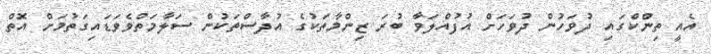
އެއީ ތިންކްގައި ދުވަހުން ދުވަހަށް އުފުއްލަވާ ބުރަ ޒިންމާތަކުގެ އުދާސްތަކުން ސަލާމަތްވެވަޑައިގަތުމަށް އޮތް